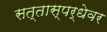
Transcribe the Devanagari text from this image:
सत्तास्पर्धेवर